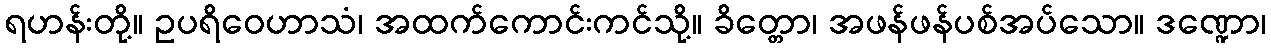
ရဟန်းတို့။ ဥပရိဝေဟာသံ၊ အထက်ကောင်းကင်သို့။ ခိတ္တော၊ အဖန်ဖန်ပစ်အပ်သော။ ဒဏ္ဍော၊